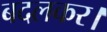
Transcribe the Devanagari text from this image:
बदलकर।